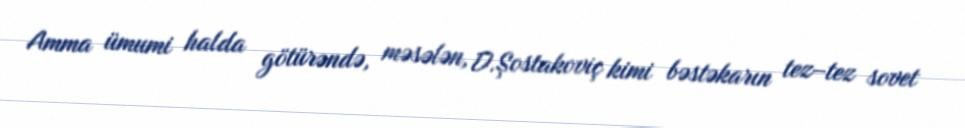
Amma ümumi halda götürəndə, məsələn, D.Şostakoviç kimi bəstəkarın tez–tez sovet